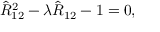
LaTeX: \hat { R } _ { 1 2 } ^ { 2 } - \lambda \hat { R } _ { 1 2 } - 1 = 0 ,